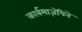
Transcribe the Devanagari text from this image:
कार्बमाज़ेपिने